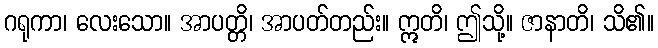
ဂရုကာ၊ လေးသော။ အာပတ္တိ၊ အာပတ်တည်း။ ဣတိ၊ ဤသို့။ ဇာနာတိ၊ သိ၏။